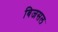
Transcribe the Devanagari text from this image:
बिजसल